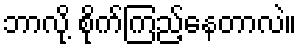
ဘာလို့ စိုက်ကြည့်နေတာလဲ။